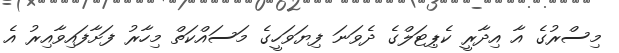
މިސްރުގެ އާ އިދާރީ ކެޕިޓަލްގެ ދެވަނަ ފިޔަވަހީގެ މަސައްކަތް މިހާރު ފަށާފައިވާއިރު އެ